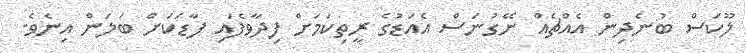
ލޫކަސް ބުނެދިން އެއްޗެއް ނޭގުނަސް އެއަޑުގެ ރީތިކަމަށް ފިދާވެފައި ފާޑަކަށް ބަލަން އިނެވެ.